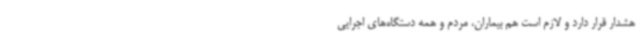
هشدار قرار دارد و لازم است هم بیماران، مردم و همه دستگاه‌های اجرایی